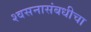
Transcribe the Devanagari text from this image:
श्वसनासंबधीचा